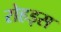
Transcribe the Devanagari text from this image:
रोहड्स